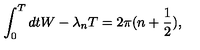
\int _ { 0 } ^ { T } d t W - \lambda _ { n } T = 2 \pi ( n + \frac { 1 } { 2 } ) ,